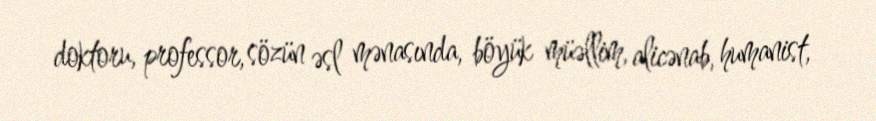
doktoru, professor, sözün əsl mənasında, böyük müəllim, alicənab, humanist,